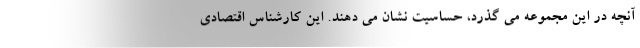
آنچه در این مجموعه می گذرد، حساسیت نشان می دهند. این کارشناس اقتصادی